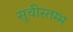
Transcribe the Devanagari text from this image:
सूचीस्तम्भ